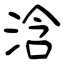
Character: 浛